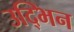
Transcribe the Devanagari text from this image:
उद्भिन